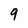
Character: 9